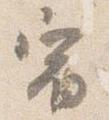
宿